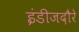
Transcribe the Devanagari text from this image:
इंडीजदौरे